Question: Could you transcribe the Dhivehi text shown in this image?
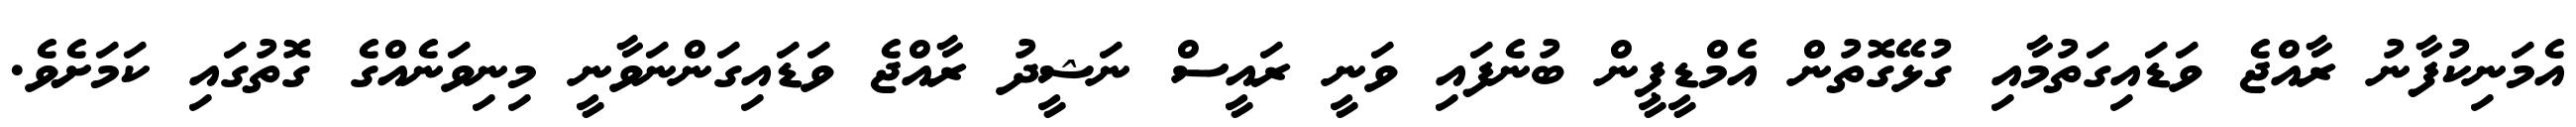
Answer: އެމަނިކުފާނު ރާއްޖެ ވަޑައިގަތުމާއި ގުޅޭގޮތުން އެމްޑީޕީން ބުނެފައި ވަނީ ރައީސް ނަޝީދު ރާއްޖެ ވަޑައިގަންނަވާނީ މިނިވަނެއްގެ ގޮތުގައި ކަމަށެވެ.